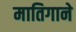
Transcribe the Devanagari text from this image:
मातिगाने